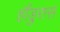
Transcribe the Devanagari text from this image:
हौंडुरास